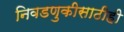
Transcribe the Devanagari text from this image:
निवडणुकीसाठीही